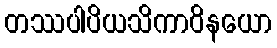
တဿပါပိယသိကာဝိနယော